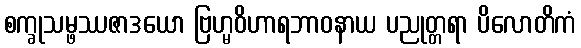
စက္ခုသမ္ဖဿဇာဒယော ဗြဟ္မဝိဟာရဘာဝနာယ ပညုတ္တရာ ပိလောတိကံ